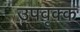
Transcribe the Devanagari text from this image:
उपवृक्क